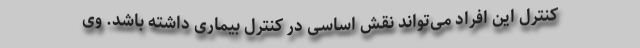
کنترل این افراد می‌تواند نقش اساسی در کنترل بیماری داشته باشد. وی